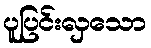
ပူပြင်းလှသော